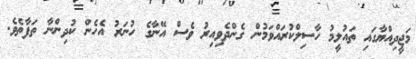
މަޖީދިއްޔާގައި ތައުލީމު ހާސިލްކުރައްވަމުން ގެންދެވިއިރު ވެސް އޭނާގެ ހުނަރު އެހެން ކުދިންނާ ތަފާތެވެ.